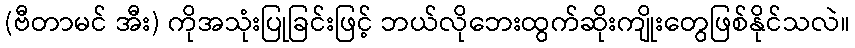
(ဗီတာမင် အီး) ကိုအသုံးပြုခြင်းဖြင့် ဘယ်လိုဘေးထွက်ဆိုးကျိုးတွေဖြစ်နိုင်သလဲ။